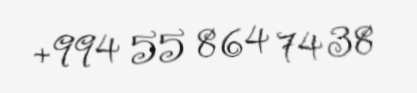
+994 55 864 74 38